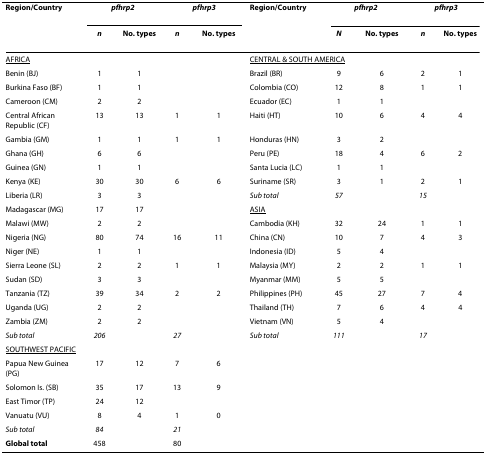
<table><thead><tr><td><b>Region/Country</b></td><td colspan="2"><b><i>pfhrp2</i></b></td><td colspan="2"><b><i>pfhrp3</i></b></td><td><b>Region/Country</b></td><td colspan="2"><b><i>pfhrp2</i></b></td><td colspan="2"><b><i>pfhrp3</i></b></td></tr><tr><td></td><td><b><i>n</i></b></td><td><b>No. types</b></td><td><b><i>n</i></b></td><td><b>No. types</b></td><td></td><td><b><i>N</i></b></td><td><b>No. types</b></td><td><b><i>n</i></b></td><td><b>No. types</b></td></tr></thead><tbody><tr><td colspan="5"><underline>AFRICA</underline></td><td colspan="5"><underline>CENTRAL &amp; SOUTH AMERICA</underline></td></tr><tr><td>Benin (BJ)</td><td>1</td><td>1</td><td></td><td></td><td>Brazil (BR)</td><td>9</td><td>6</td><td>2</td><td>1</td></tr><tr><td>Burkina Faso (BF)</td><td>1</td><td>1</td><td></td><td></td><td>Colombia (CO)</td><td>12</td><td>8</td><td>1</td><td>1</td></tr><tr><td>Cameroon (CM)</td><td>2</td><td>2</td><td></td><td></td><td>Ecuador (EC)</td><td>1</td><td>1</td><td></td><td></td></tr><tr><td>Central African Republic (CF)</td><td>13</td><td>13</td><td>1</td><td>1</td><td>Haiti (HT)</td><td>10</td><td>6</td><td>4</td><td>4</td></tr><tr><td>Gambia (GM)</td><td>1</td><td>1</td><td>1</td><td>1</td><td>Honduras (HN)</td><td>3</td><td>2</td><td></td><td></td></tr><tr><td>Ghana (GH)</td><td>6</td><td>6</td><td></td><td></td><td>Peru (PE)</td><td>18</td><td>4</td><td>6</td><td>2</td></tr><tr><td>Guinea (GN)</td><td>1</td><td>1</td><td></td><td></td><td>Santa Lucia (LC)</td><td>1</td><td>1</td><td></td><td></td></tr><tr><td>Kenya (KE)</td><td>30</td><td>30</td><td>6</td><td>6</td><td>Suriname (SR)</td><td>3</td><td>1</td><td>2</td><td>1</td></tr><tr><td>Liberia (LR)</td><td>3</td><td>3</td><td></td><td></td><td><i>Sub total</i></td><td><i>57</i></td><td></td><td><i>15</i></td><td></td></tr><tr><td>Madagascar (MG)</td><td>17</td><td>17</td><td></td><td></td><td colspan="5"><underline>ASIA</underline></td></tr><tr><td>Malawi (MW)</td><td>2</td><td>2</td><td></td><td></td><td>Cambodia (KH)</td><td>32</td><td>24</td><td>1</td><td>1</td></tr><tr><td>Nigeria (NG)</td><td>80</td><td>74</td><td>16</td><td>11</td><td>China (CN)</td><td>10</td><td>7</td><td>4</td><td>3</td></tr><tr><td>Niger (NE)</td><td>1</td><td>1</td><td></td><td></td><td>Indonesia (ID)</td><td>5</td><td>4</td><td></td><td></td></tr><tr><td>Sierra Leone (SL)</td><td>2</td><td>2</td><td>1</td><td>1</td><td>Malaysia (MY)</td><td>2</td><td>2</td><td>1</td><td>1</td></tr><tr><td>Sudan (SD)</td><td>3</td><td>3</td><td></td><td></td><td>Myanmar (MM)</td><td>5</td><td>5</td><td></td><td></td></tr><tr><td>Tanzania (TZ)</td><td>39</td><td>34</td><td>2</td><td>2</td><td>Philippines (PH)</td><td>45</td><td>27</td><td>7</td><td>4</td></tr><tr><td>Uganda (UG)</td><td>2</td><td>2</td><td></td><td></td><td>Thailand (TH)</td><td>7</td><td>6</td><td>4</td><td>4</td></tr><tr><td>Zambia (ZM)</td><td>2</td><td>2</td><td></td><td></td><td>Vietnam (VN)</td><td>5</td><td>4</td><td></td><td></td></tr><tr><td><i>Sub total</i></td><td><i>206</i></td><td></td><td><i>27</i></td><td></td><td><i>Sub total</i></td><td><i>111</i></td><td></td><td><i>17</i></td><td></td></tr><tr><td colspan="2"><underline>SOUTHWEST PACIFIC</underline></td><td></td><td></td><td></td><td></td><td></td><td></td><td></td><td></td></tr><tr><td>Papua New Guinea (PG)</td><td>17</td><td>12</td><td>7</td><td>6</td><td></td><td></td><td></td><td></td><td></td></tr><tr><td>Solomon Is. (SB)</td><td>35</td><td>17</td><td>13</td><td>9</td><td></td><td></td><td></td><td></td><td></td></tr><tr><td>East Timor (TP)</td><td>24</td><td>12</td><td></td><td></td><td></td><td></td><td></td><td></td><td></td></tr><tr><td>Vanuatu (VU)</td><td>8</td><td>4</td><td>1</td><td>0</td><td></td><td></td><td></td><td></td><td></td></tr><tr><td><i>Sub total</i></td><td><i>84</i></td><td></td><td><i>21</i></td><td></td><td></td><td></td><td></td><td></td><td></td></tr><tr><td><b>Global total</b></td><td>458</td><td></td><td>80</td><td></td><td></td><td></td><td></td><td></td><td></td></tr></tbody></table>